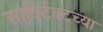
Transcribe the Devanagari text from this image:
आर्क्टिक्टच्या